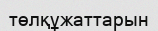
төлқұжаттарын